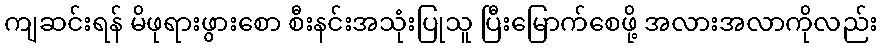
ကျဆင်းရန် မိဖုရားဖွားစော စီးနင်းအသုံးပြုသူ ပြီးမြောက်စေဖို့ အလားအလာကိုလည်း